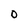
Character: 0